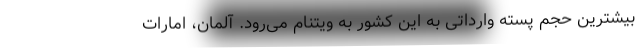
بیشترین حجم پسته وارداتی به این کشور به ویتنام می‌رود. آلمان، امارات